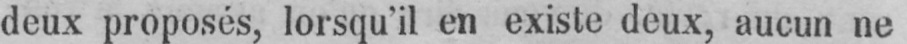
deux proposés, lorsqu’il en existe deux, aucun ne